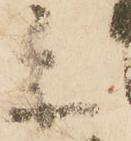
参